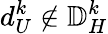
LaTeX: d_{U}^{k}\notin\mathbb{D}_{H}^{k}